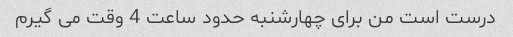
درست است من برای چهارشنبه حدود ساعت 4 وقت می گیرم